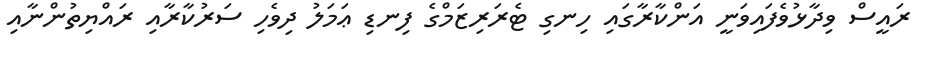
ރައީސް ވިދާޅުވެފައިވަނީ އަންކާރާގައި ހިނގި ޓެރަރިޒަމްގެ ފިނޑި ޢަމަލު ދިވެހި ސަރުކާރާއި ރައްޔިތުންނާއި